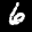
Label: 6